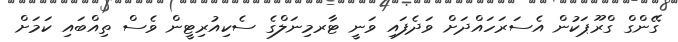
ގޭންގް ގްރޫޕަކުން އެސަރަހައްދަށް ވަދެފައި ވަނީ ޓާރމިނަލްގެ ސެކިއުރިޓީން ވެސް ތިއްބައި ކަމަށް